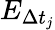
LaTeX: E_{\Delta t_{j}}